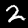
Label: 2